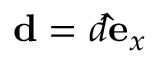
\mathbf { d } = d \mathbf { \hat { e } } _ { x }